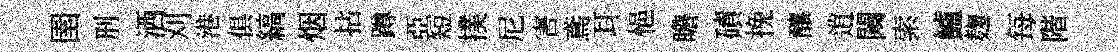
圉刑洒刈港俱縞烟拈蹲亞短撲尼害鳶耳悒瞻磧挽釀逍闚索鱸麹每階